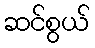
ဆင်စွယ်